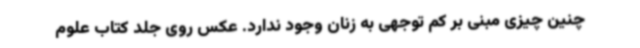
چنین چیزی مبنی بر کم توجهی به زنان وجود ندارد. عکس روی جلد کتاب علوم